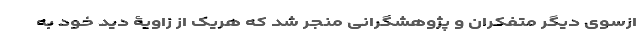
ازسوی دیگر متفکران و پژوهشگرانی منجر شد که هریک از زاویۀ دید خود به